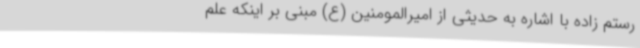
رستم زاده با اشاره به حدیثی از امیرالمومنین (ع) مبنی بر اینکه علم